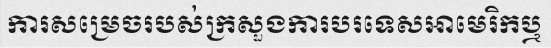
ការសម្រេចរបស់ក្រសួងការបរទេសអាមេរិកឬ